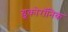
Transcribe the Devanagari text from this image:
ग्लूकोरॉनिक